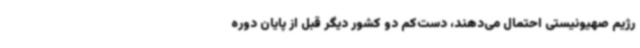
رژیم صهیونیستی احتمال می‌دهند، دست‌کم دو کشور دیگر قبل از پایان دوره